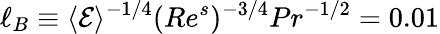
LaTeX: \ell_{B}\equiv\langle\mathcal{E}\rangle^{-1/4}(Re^{s})^{-3/4}Pr^{-1/2}=0.01